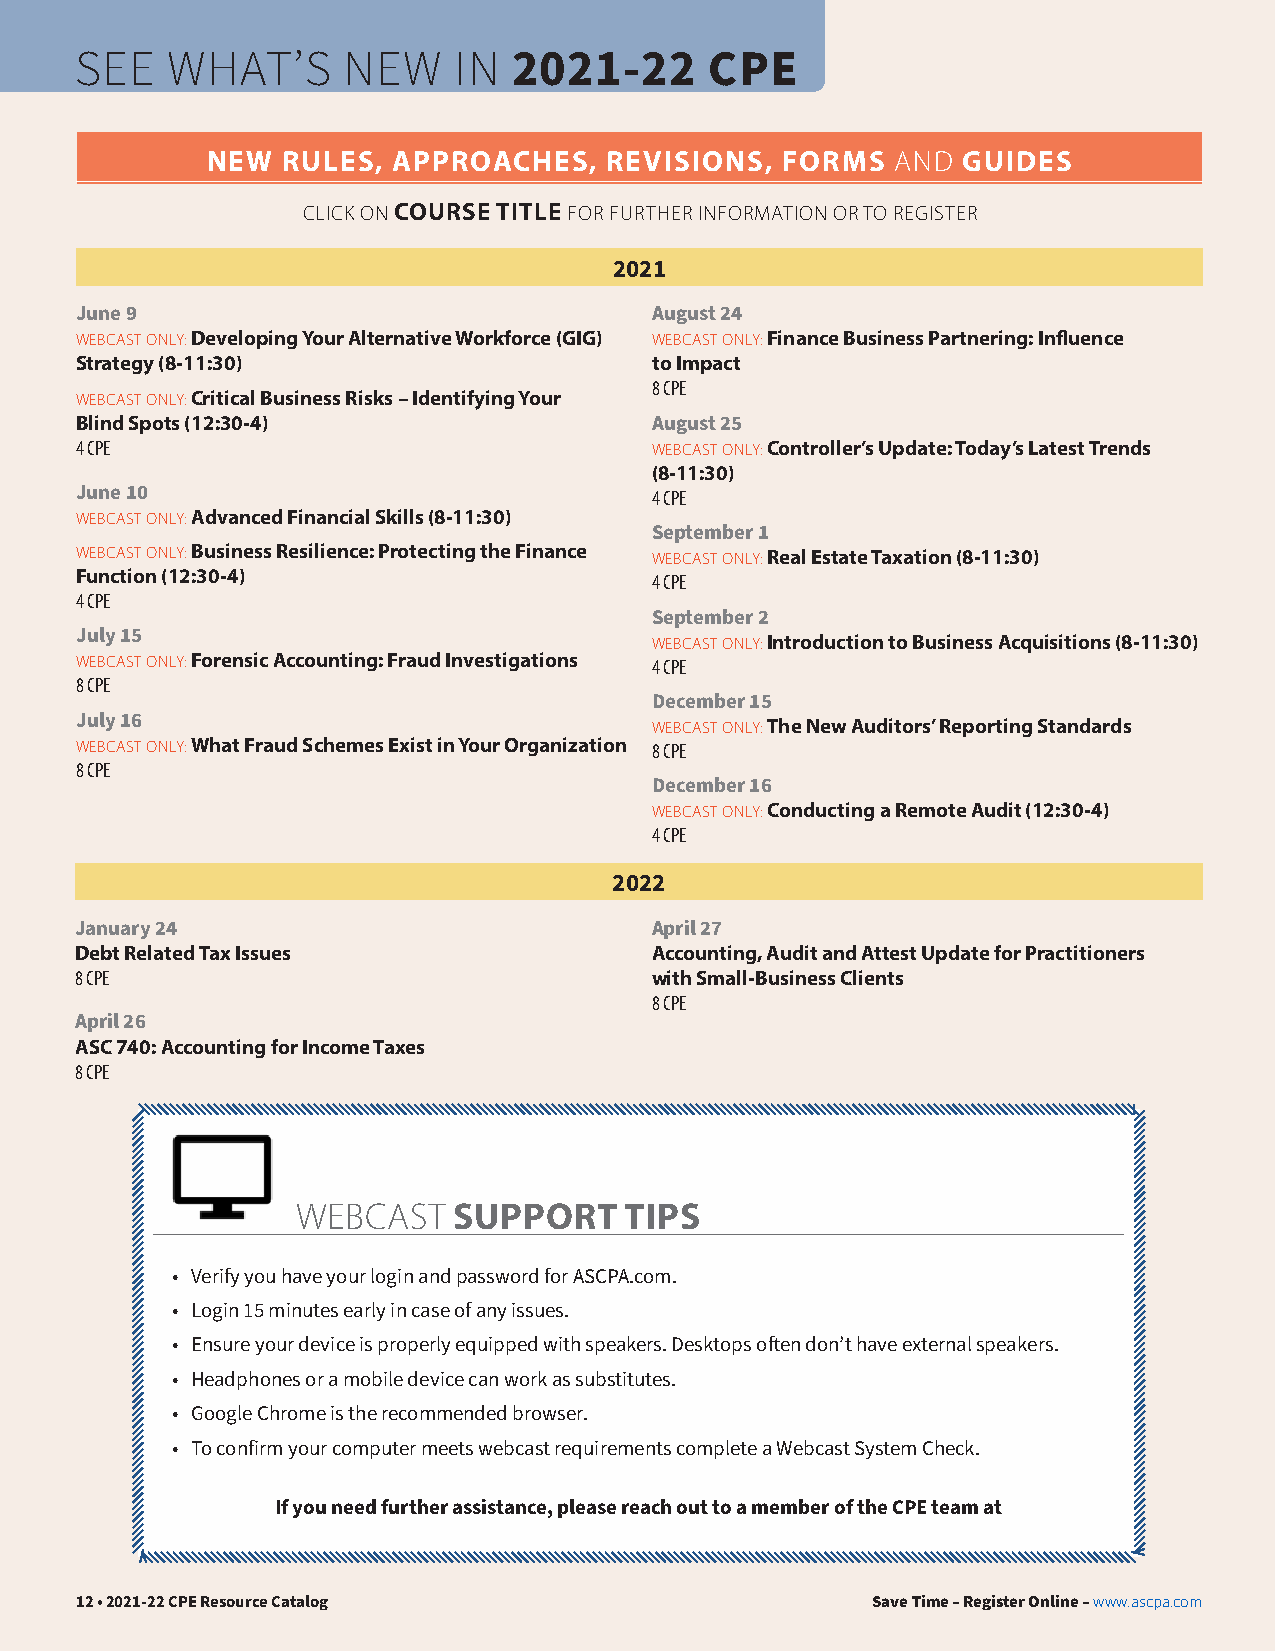
SEE   WHAT’S      NEW    IN  2021-22      CPE
 NEW  RULES, APPROACHES,   REVISIONS,  FORMS  AND  GUIDES
 CLICK ON COURSE TITLE FOR FURTHER INFORMATION OR TO REGISTER
 2021
 June 9                                August 24
 WEBCAST ONLY: Developing Your Alternative Workforce (GIG) WEBCAST ONLY: Finance Business Partnering: Influence
 Strategy (8-11:30)                    to Impact
 8 CPE
 WEBCAST ONLY: Critical Business Risks – Identifying Your
 Blind Spots (12:30-4)                 August 25
 4 CPE                                 WEBCAST ONLY: Controller’s Update: Today’s Latest Trends
 (8-11:30)
 June 10                               4 CPE
 WEBCAST ONLY: Advanced Financial Skills (8-11:30)
 September 1
 WEBCAST ONLY: Business Resilience: Protecting the Finance WEBCAST ONLY: Real Estate Taxation (8-11:30)
 Function (12:30-4)                    4 CPE
 4 CPE
 September 2
 July 15                               WEBCAST ONLY: Introduction to Business Acquisitions (8-11:30)
 WEBCAST ONLY: Forensic Accounting: Fraud Investigations 4 CPE
 8 CPE
 December 15
 July 16                               WEBCAST ONLY: The New Auditors’ Reporting Standards
 WEBCAST ONLY: What Fraud Schemes Exist in Your Organization 8 CPE
 8 CPE
 December 16
 WEBCAST ONLY: Conducting a Remote Audit (12:30-4)
 4 CPE
 2022
 January 24                            April 27
 Debt Related Tax Issues               Accounting, Audit and Attest Update for Practitioners
 8 CPE                                 with Small-Business Clients
 8 CPE
 April 26
 ASC 740: Accounting for Income Taxes
 8 CPE
 WEBCAST   SUPPORT    TIPS
 • Verify you have your login and password for ASCPA.com.
 • Login 15 minutes early in case of any issues.
 • Ensure your device is properly equipped with speakers. Desktops often don’t have external speakers.
 • Headphones or a mobile device can work as substitutes.
 • Google Chrome is the recommended browser.
 • To confirm your computer meets webcast requirements complete a Webcast System Check.
 If you need further assistance, please reach out to a member of the CPE team at
 12 • 2021-22 CPE Resource Catalog                    Save Time – Register Online – www.ascpa.com